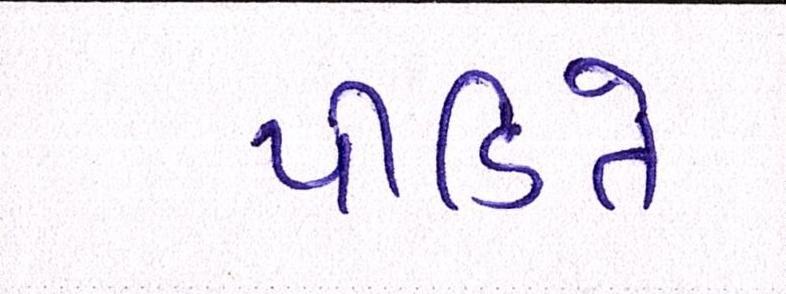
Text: પીડિતે